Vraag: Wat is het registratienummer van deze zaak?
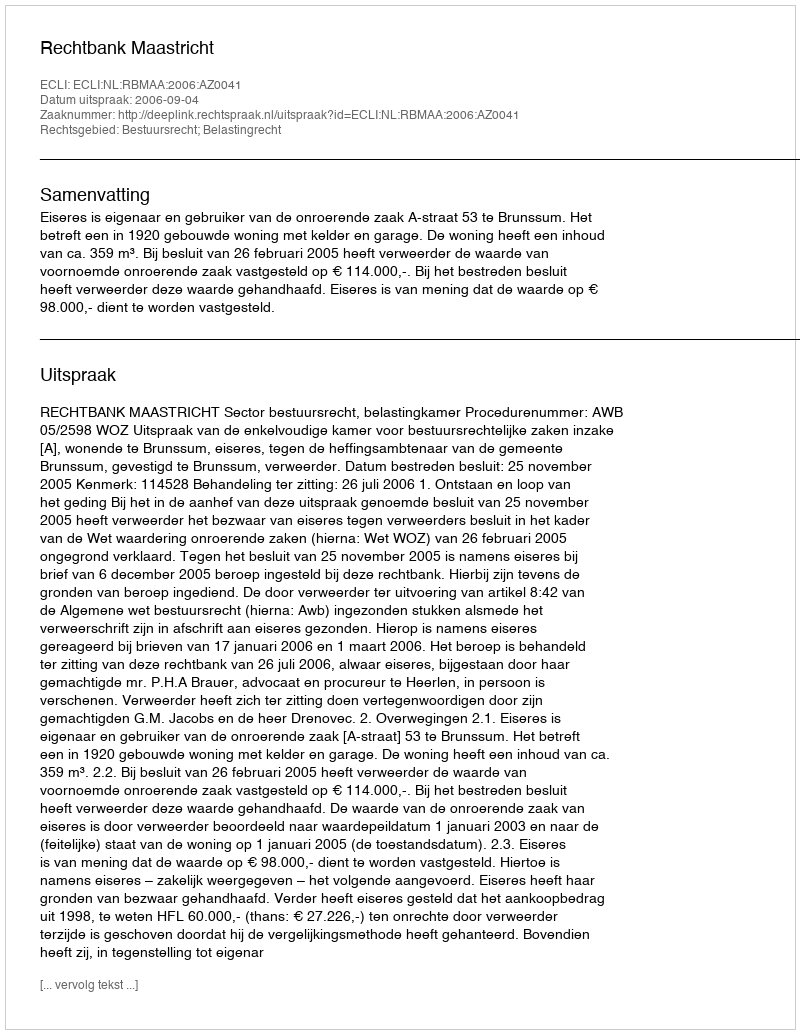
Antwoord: http://deeplink.rechtspraak.nl/uitspraak?id=ECLI:NL:RBMAA:2006:AZ0041